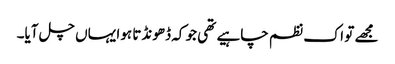
مجھے تو اک نظم چاہیے تھی جو کہ ڈھونڈتا ہوا یہاں چل آیا۔